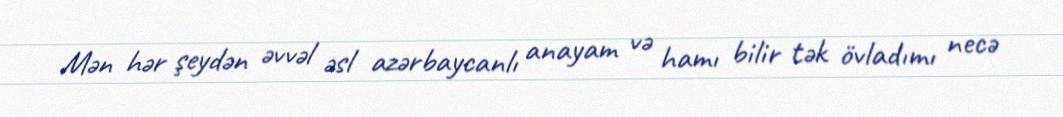
Mən hər şeydən əvvəl əsl azərbaycanlı anayam və hamı bilir tək övladımı necə